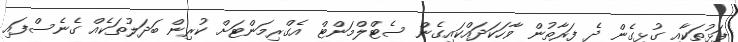
ފަޅުތަކާއި ގުޅިގެން ދެ ފަރާތުން ވާހަކަދައްކައިގެން ސެޓްލްމަންޓް އެގްރިމަންޓަށް ކުރިން ބަދަލުތަކެއް ގެނެސްފައި